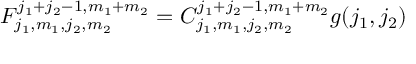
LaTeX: F _ { j _ { 1 } , m _ { 1 } , j _ { 2 } , m _ { 2 } } ^ { j _ { 1 } + j _ { 2 } - 1 , m _ { 1 } + m _ { 2 } } = C _ { j _ { 1 } , m _ { 1 } , j _ { 2 } , m _ { 2 } } ^ { j _ { 1 } + j _ { 2 } - 1 , m _ { 1 } + m _ { 2 } } g ( j _ { 1 } , j _ { 2 } )